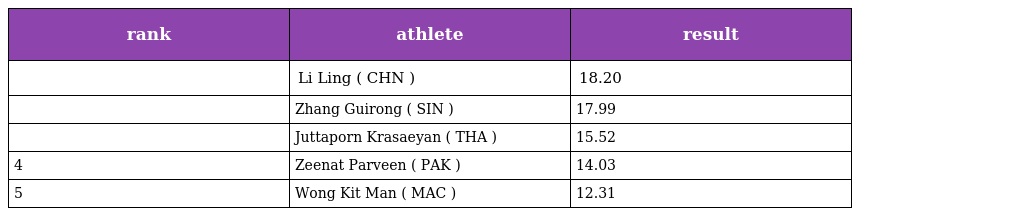
| rank | athlete | result |
 | --- | --- | --- |
 |  | Li Ling ( CHN ) | 18.20 |
 |  | Zhang Guirong ( SIN ) | 17.99 |
 |  | Juttaporn Krasaeyan ( THA ) | 15.52 |
 | 4 | Zeenat Parveen ( PAK ) | 14.03 |
 | 5 | Wong Kit Man ( MAC ) | 12.31 |